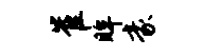
崔眸豪